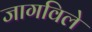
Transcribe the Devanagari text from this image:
जागविले